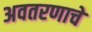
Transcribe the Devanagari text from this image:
अवतरणाचे